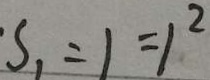
S _ { 1 } = 1 = 1 ^ { 2 }